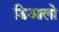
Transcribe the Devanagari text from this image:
डिआलो